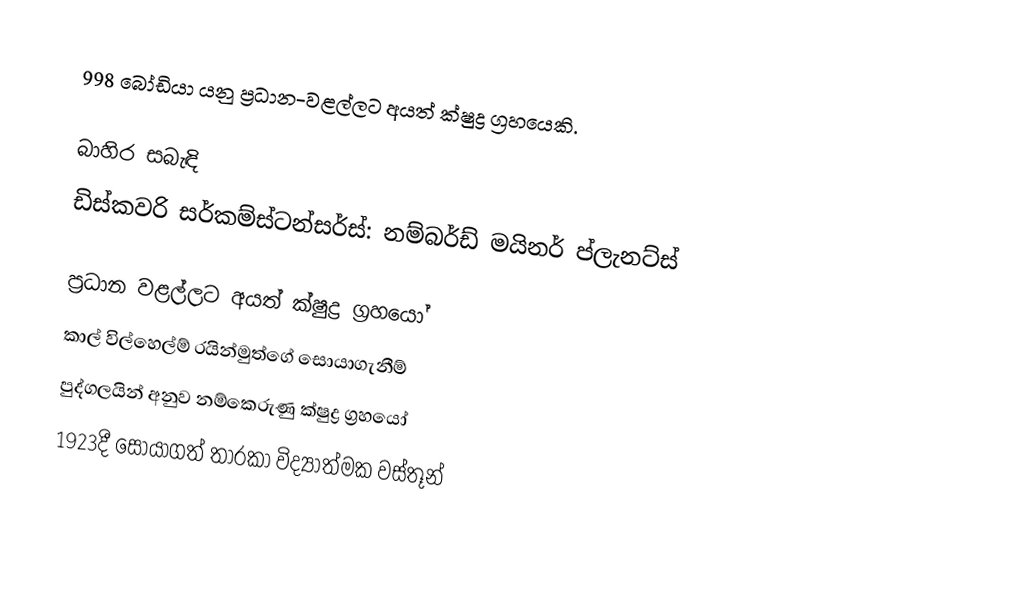
998 බෝඩියා යනු ප්‍රධාන-වළල්ලට අයත් ක්ෂුද්‍ර ග්‍රහයෙකි.

බාහිර සබැඳි
 ඩිස්කවරි  සර්කම්ස්ටන්සර්ස්: නම්බර්ඩ් මයිනර් ප්ලැනට්ස්

ප්‍රධාන වළල්ලට අයත් ක්ෂුද්‍ර ග්‍රහයෝ
කාල් විල්හෙල්ම් රයින්මුත්ගේ සොයාගැනීම්
පුද්ගලයින් අනුව නම්කෙරුණු ක්ෂුද්‍ර ග්‍රහයෝ
1923දී සොයාගත් තාරකා විද්‍යාත්මක වස්තූන්